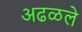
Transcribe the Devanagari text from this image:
अढळले